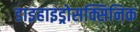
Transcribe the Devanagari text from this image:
डाइहाइड्रोसक्सिनिक